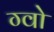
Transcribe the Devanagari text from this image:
ग्वो